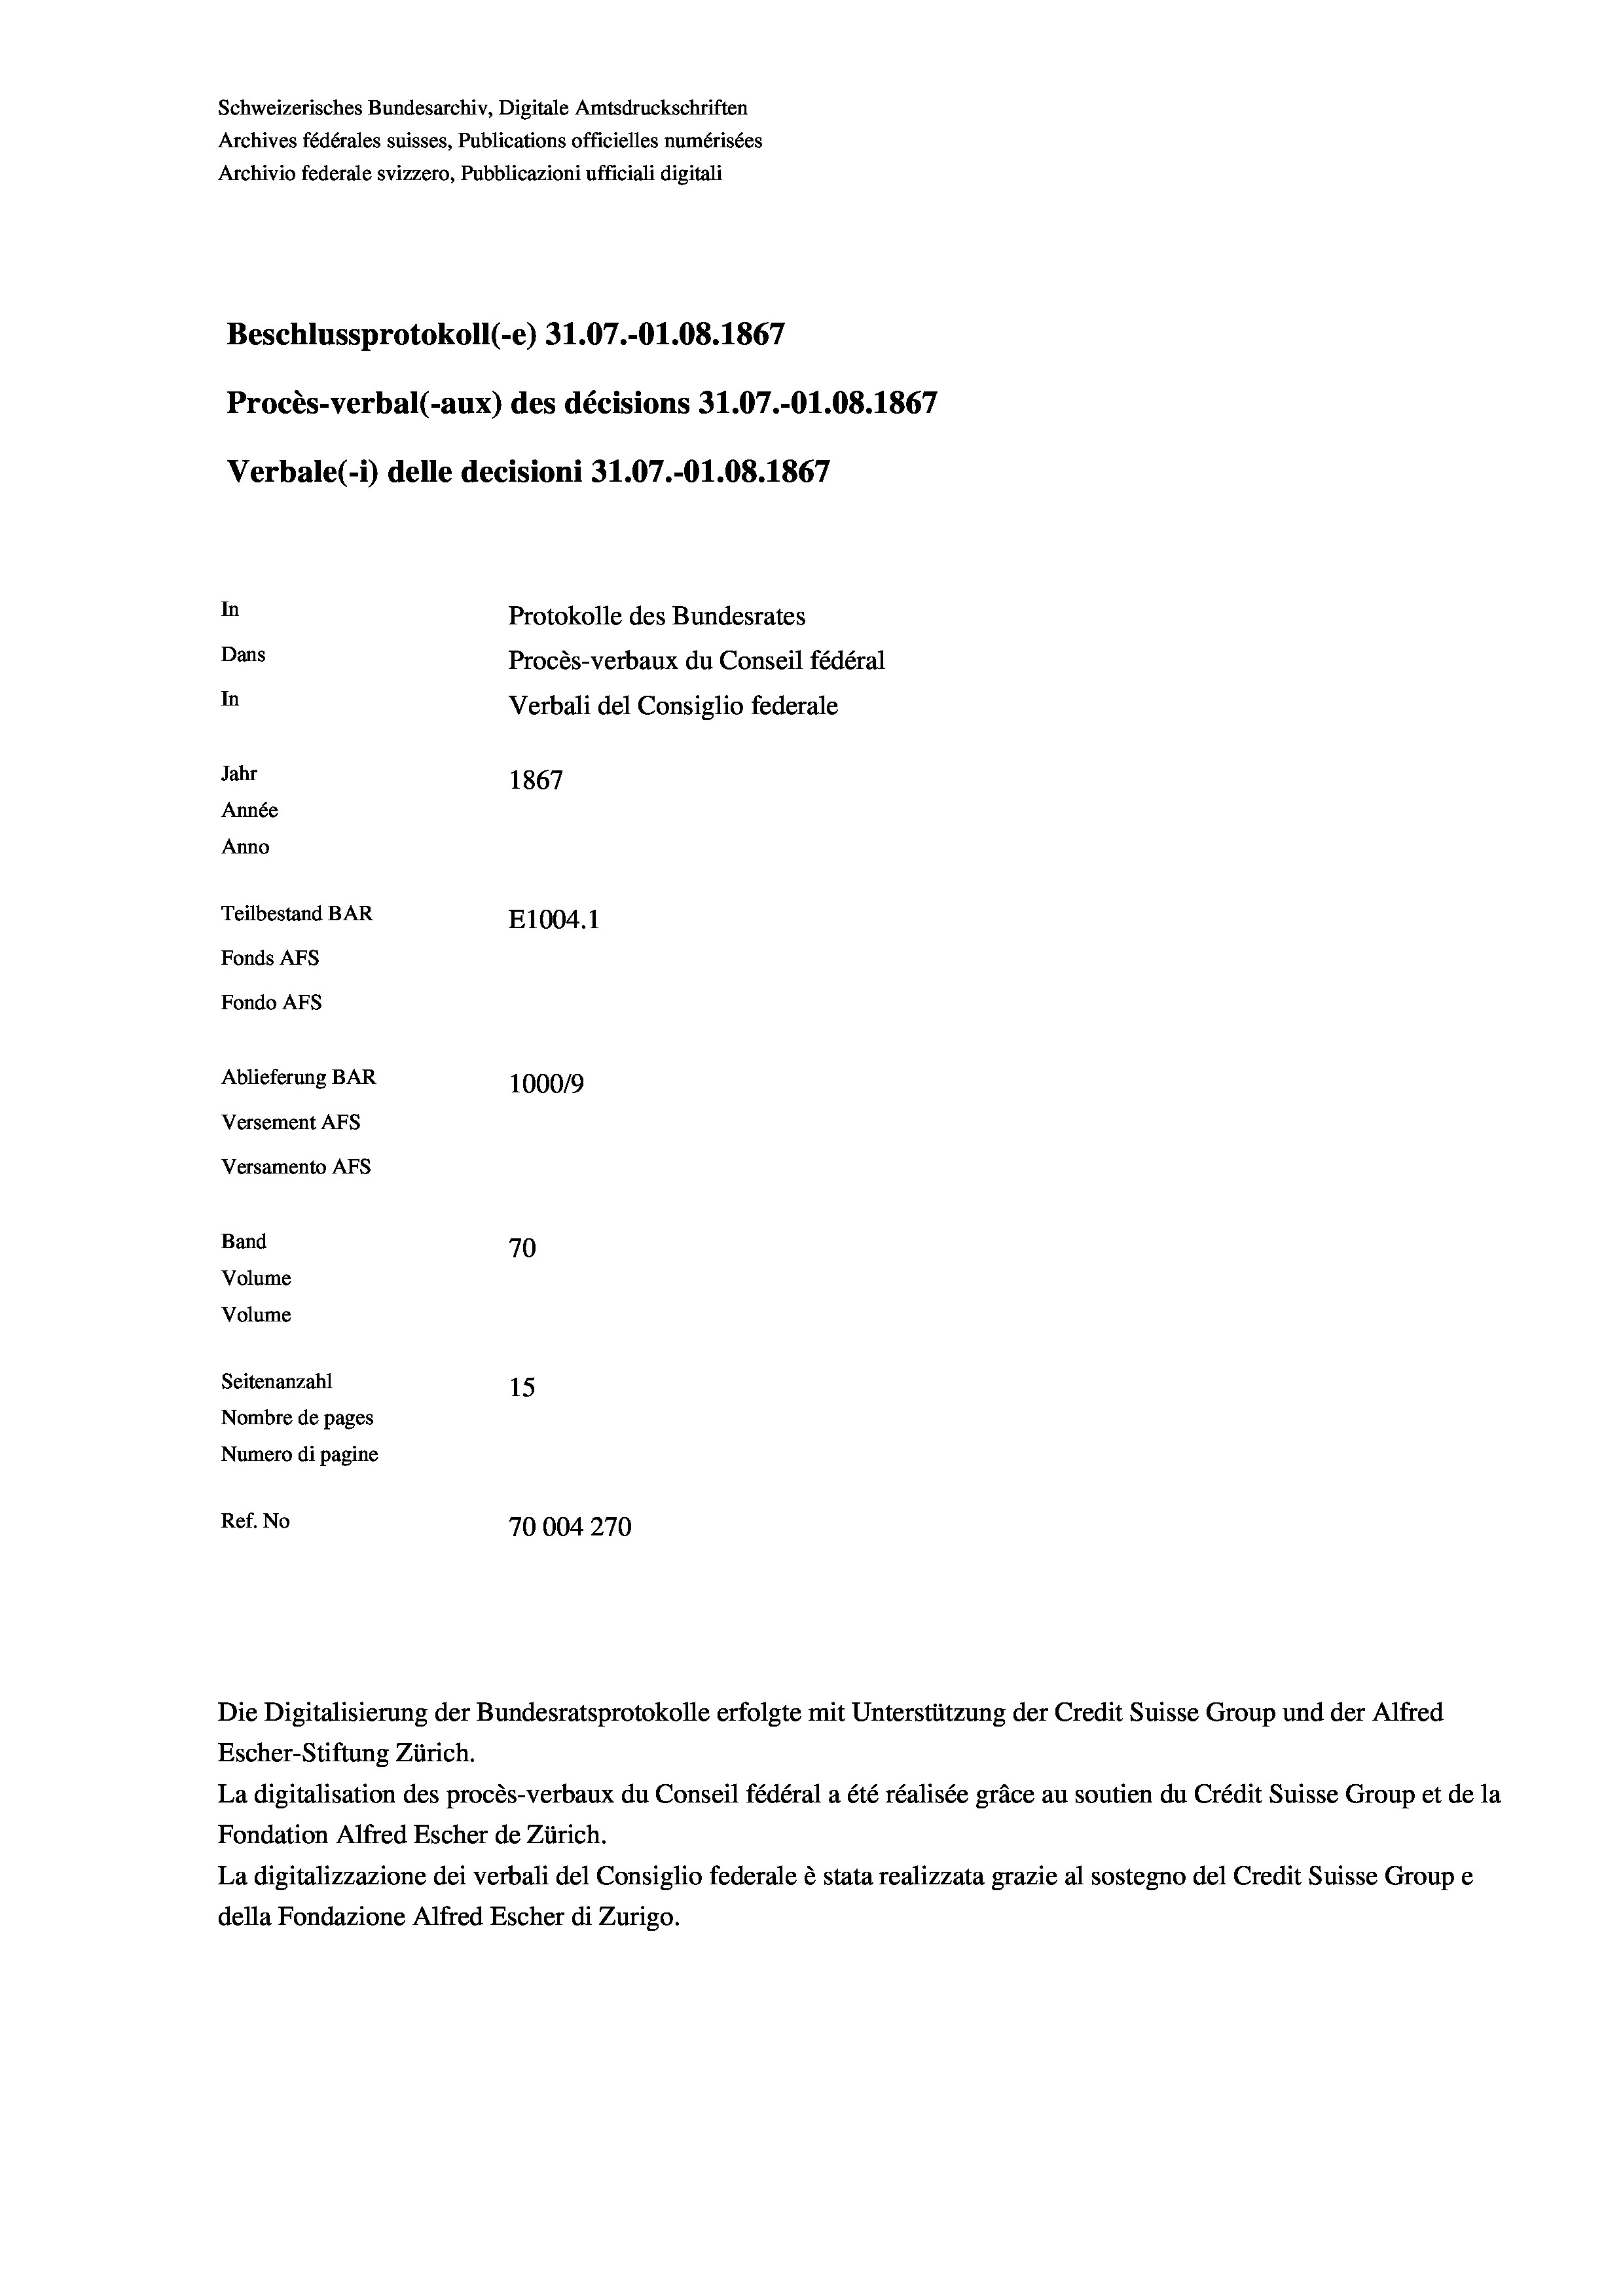
Schweizerisches Bundesarchiv, Digitale Amtsdruckschriften
Archives fédérales suisses, Publications officielles numérisées
Archivio federale svizzero, Pubblicazioni ufficiali digitali
Beschlussprotokoll (-e) 31.07.-O1.08. 1867
Procès-verbal (-aux) des décisions 31.07.-Ol.08. 1867
Verbale(*) delle decisioni 31.07.-Ol.08. 1867
In
Protokolle des Bundesrates
Dans
Procès-verbaux du Conseil fédéral
In
Verbali del Consiglio federale
Jahr
1867
Année
Anno
Teilbestand BAR
E1004.1
Fonds AFs
Fondo AFS
Ablieferung BAR
100019
Versement AFs
Versamento AFs
Band
70
Volume
Volume

Seitenanzahl

15
Nombre de pages
Numero di pagine
Ref. No
70004270

Escher-Stiftung Zürich.
La digitalisation des procès-verbaux du Conseil fédéral a été réalisée gräce au soutien du Crédit Suisse Group et de la
Fondation Alfred Escher de Zürich.
La digitalizzazione dei verbali del Consiglio federale è stata realizzata grazie al sostegno del Credit Suisse Groupe
della Fondazione Alfred Escher di Zurigo.

Die Digitalisierung der Bundesratsprotokolle erfolgte mit Unterstützung der Credit Suisse Group und der Alfred